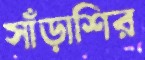
সাঁড়াশির